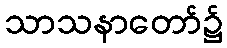
သာသနာတော်၌